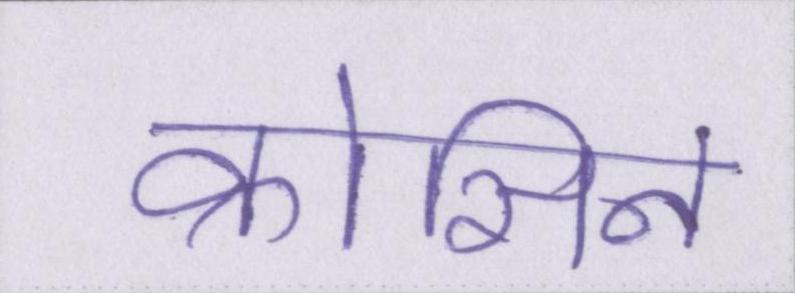
क्रोसिन